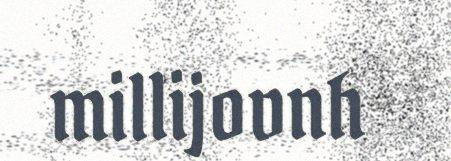
millijovnh